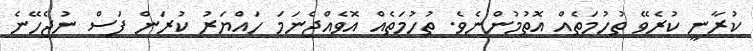
ކުރާނީ ކުރެވޭ ތުހުމަތެއް އޮތުމުންނެވެ. ތުހުމަތެއް އޮވެއްޖެނަމަ ހައްޔަރު ކުރަން ފަސް ނުޖެހޭނެ